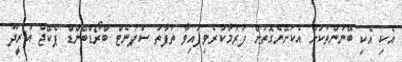
އެކި އެކި ބޭނުންތަކަށް އެކަށޭނެގޮތަށް ފަރުމާކުރެވިފައިވާ ތަފާތު ސުޕަނެޓް ބްރޯޑްބޭންޑް ޕެކޭޖް އުރީދޫ